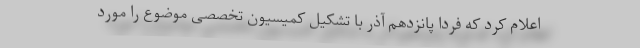
اعلام کرد که فردا پانزدهم آذر با تشکیل کمیسیون تخصصی موضوع را مورد